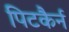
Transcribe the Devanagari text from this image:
पिटकैर्न